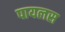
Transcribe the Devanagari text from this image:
पायलस